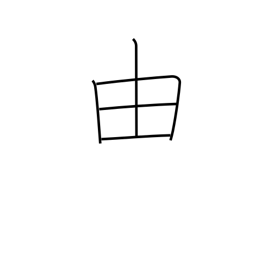
Meaning: wherefore